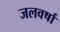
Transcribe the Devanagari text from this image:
जलवर्षा